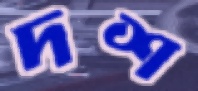
দশ